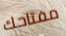
مفتاحك